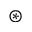
\circledast